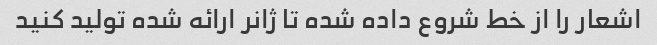
اشعار را از خط شروع داده شده تا ژانر ارائه شده تولید کنید